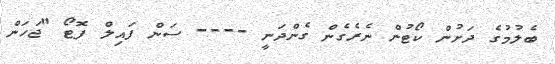
ބެލުމުގެ ދަށުން ކޯޓުން ނެރެގެން ގެންދަނީ ---- ސަން ފައިލް ފޮޓޯ "ޖަހަން